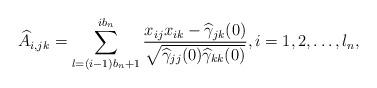
LaTeX: \begin{align*}\widehat{A}_{i,jk}=\sum^{ib_n}_{l=(i-1)b_n+1}\frac{x_{ij}x_{ik}-\widehat{\gamma}_{jk}(0)}{\sqrt{\widehat{\gamma}_{jj}(0)\widehat{\gamma}_{kk}(0)}},i=1,2,\dots,l_n,\end{align*}